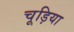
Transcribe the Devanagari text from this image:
चूड़िया